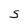
Character: S